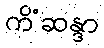
ကိံဆန္ဒာ